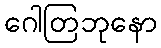
ဂေါတြဘုနော